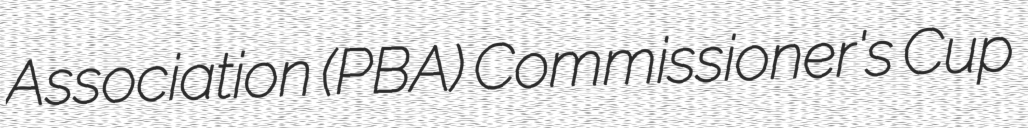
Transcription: Association (PBA) Commissioner's Cup